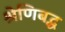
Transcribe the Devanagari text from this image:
श्रेणिबद्ध